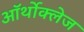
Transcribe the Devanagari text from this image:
ऑर्थोक्लेज